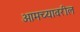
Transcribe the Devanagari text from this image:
आमच्यावरील